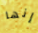
إنها